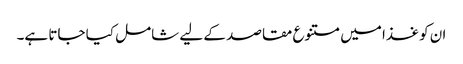
ان کو غذا میں متنوع مقاصد کے لیے شامل کیا جاتا ہے۔